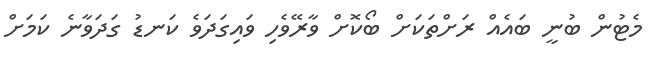
މެޓުން ބުނީ ބައެއް ރަށްތަކަށް ބޯކޮށް ވާރޭވެހި ވައިގަދަވެ ކަނޑު ގަދަވާނެ ކަމަށް